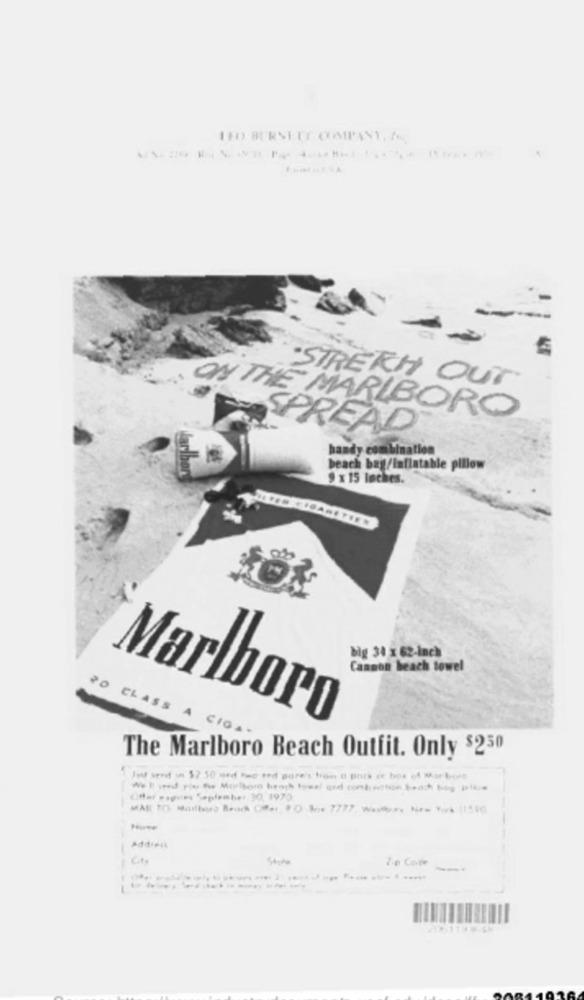
LED BURSETE COMPANY, MA
-
·STRERH OUT
ON THE MARLBORO
SPREAD
handy combination
beach bag/inflatable pillow
9 x 15 Inches.
big 34 x 62-inch
Cannon beach towel
2O CLASS A
Marlboro
The Marlboro Beach Outfit. Only $250
Just send an $7.50 med bec end pare's tron a part of box of Maar boss
Citar ...... 5*pi ..... 30, 1970
Addieik
Ct.
Zip Code
84402